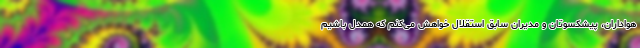
هواداران، پیشکسوتان و مدیران سابق استقلال خواهش می‌کنم که همدل باشیم